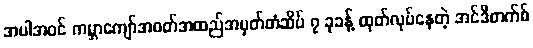
အပါအဝင် ကမ္ဘာကျော်အဝတ်အထည်အမှတ်တံဆိပ် ၇ ခုခန့် ထုတ်လုပ်နေတဲ့ အင်ဒီတက်စ်